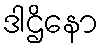
ဒါဌိနော